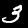
Digit: 3